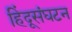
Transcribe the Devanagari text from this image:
हिंदूसंघटन